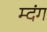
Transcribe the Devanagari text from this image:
म्दंग